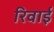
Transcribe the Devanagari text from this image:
रिवाई